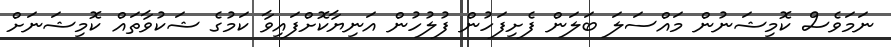
ނަމަވެސް ކޮމިޝަނުން މައްސަލަ ބަލަން ފެށިފަހުން ފުލުހުން އަނިޔާކޮށްފައިވާ ކަމުގެ ޝަކުވާތައް ކޮމިޝަނަށް